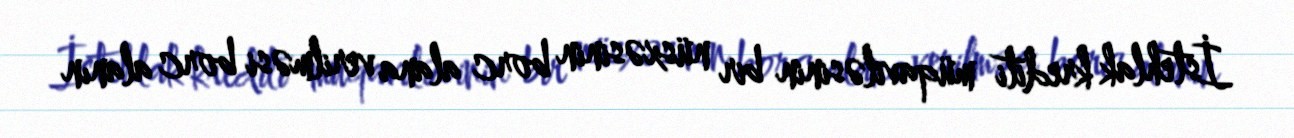
İstehlak krediti müqaviləsinin bir nüsxəsinin borc alana verilməsi borc alanın